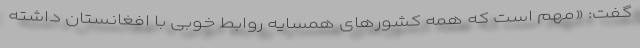
گفت: «مهم است که همه کشورهای همسایه روابط خوبی با افغانستان داشته